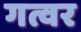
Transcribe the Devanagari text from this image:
गत्वर